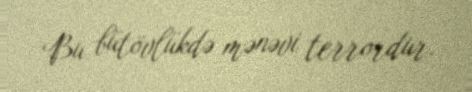
Bu bütövlükdə mənəvi terrordur.